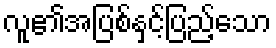
လူ၏အပြစ်နှင့်ပြည့်သော